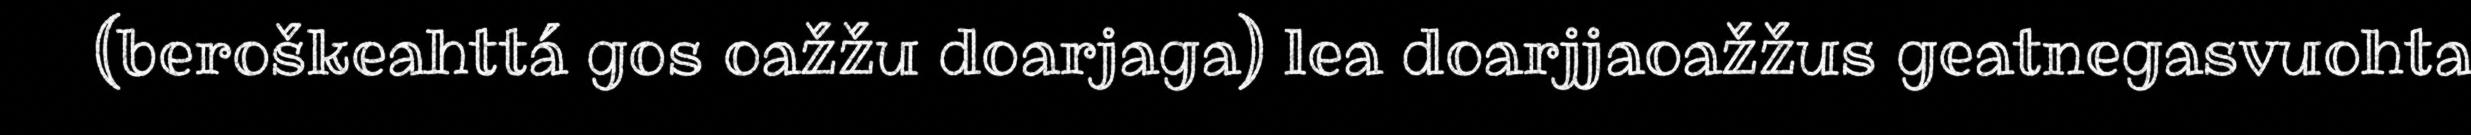
(beroškeahttá gos oažžu doarjaga) lea doarjjaoažžus geatnegasvuohta